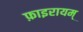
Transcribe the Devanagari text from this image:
फ़ाइरायम्